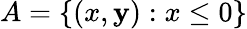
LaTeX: A=\{ (x,\mathbf{y}):x\leq0\}